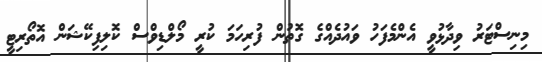
މިނިސްޓަރު ވިދާޅުވީ އެންމެފަހު ވައުދެއްގެ ގޮތުން ފުރިހަމަ ކުރީ މޯލްޑިވްސް ކޮލިފިކޭޝަން އޮތޯރިޓީ